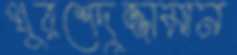
খুরশেদুজ্জামান